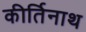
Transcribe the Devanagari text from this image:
कीर्तिनाथ